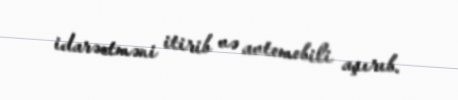
idarəetməni itirib və avtomobili aşırıb.